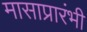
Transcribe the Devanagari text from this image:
मासाप्रारंभी